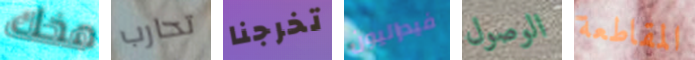
مخك تحارب تخرجنا فيدراليون الوصول المقاطعة